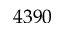
4 3 9 0